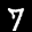
Label: 7